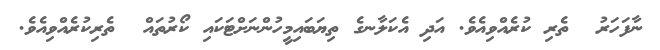
ނާފަހަރު  ތެރި ކުރެއްވިއެވެ. އަދި އެކަލާނގެ ތިޔަބައިމީހުންނަށްޓަކައި ކޯރުތައް  ތެރިކުރެއްވިއެވެ.